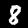
Digit: 8